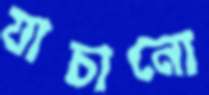
যাচানো